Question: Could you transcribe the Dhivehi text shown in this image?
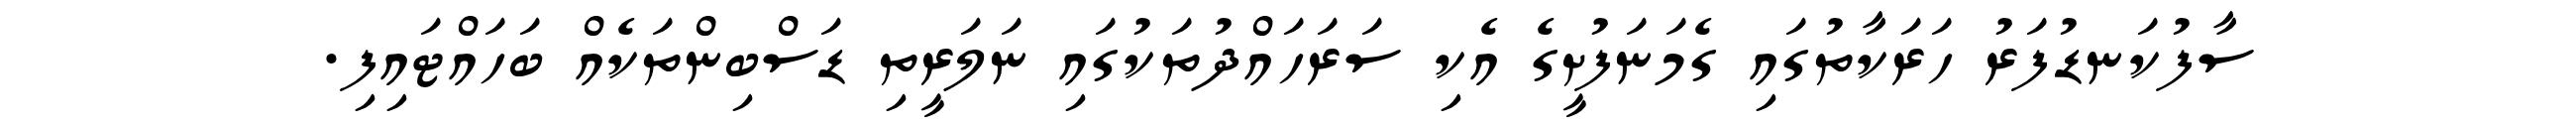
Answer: ސާފުކަނޑުފަރު ހަރަކާތުގައި ގެމަނަފުށީގެ އެކި ސަރަހައްދުތަކުގައި ނަލަރީތި ޑަސްބިންތަކެއް ބަހައްޓައިފި.